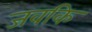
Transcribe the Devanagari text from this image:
जवकि